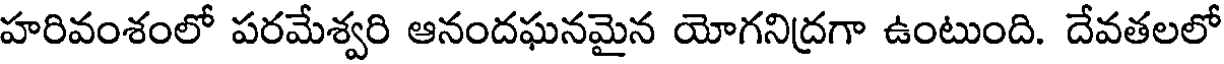
హరివంశంలో పరమేశ్వరి ఆనందఘనమైన యోగనిద్రగా ఉంటుంది. దేవతలలో